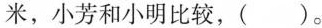
米，小芳和小明比较，（）。